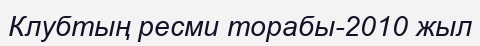
Клубтың ресми торабы-2010 жыл